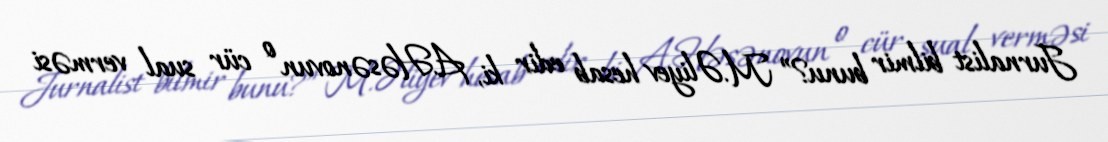
Jurnalist bilmir bunu?” M.Əliyev hesab edir ki, A.Həsənovun o cür sual verməsi